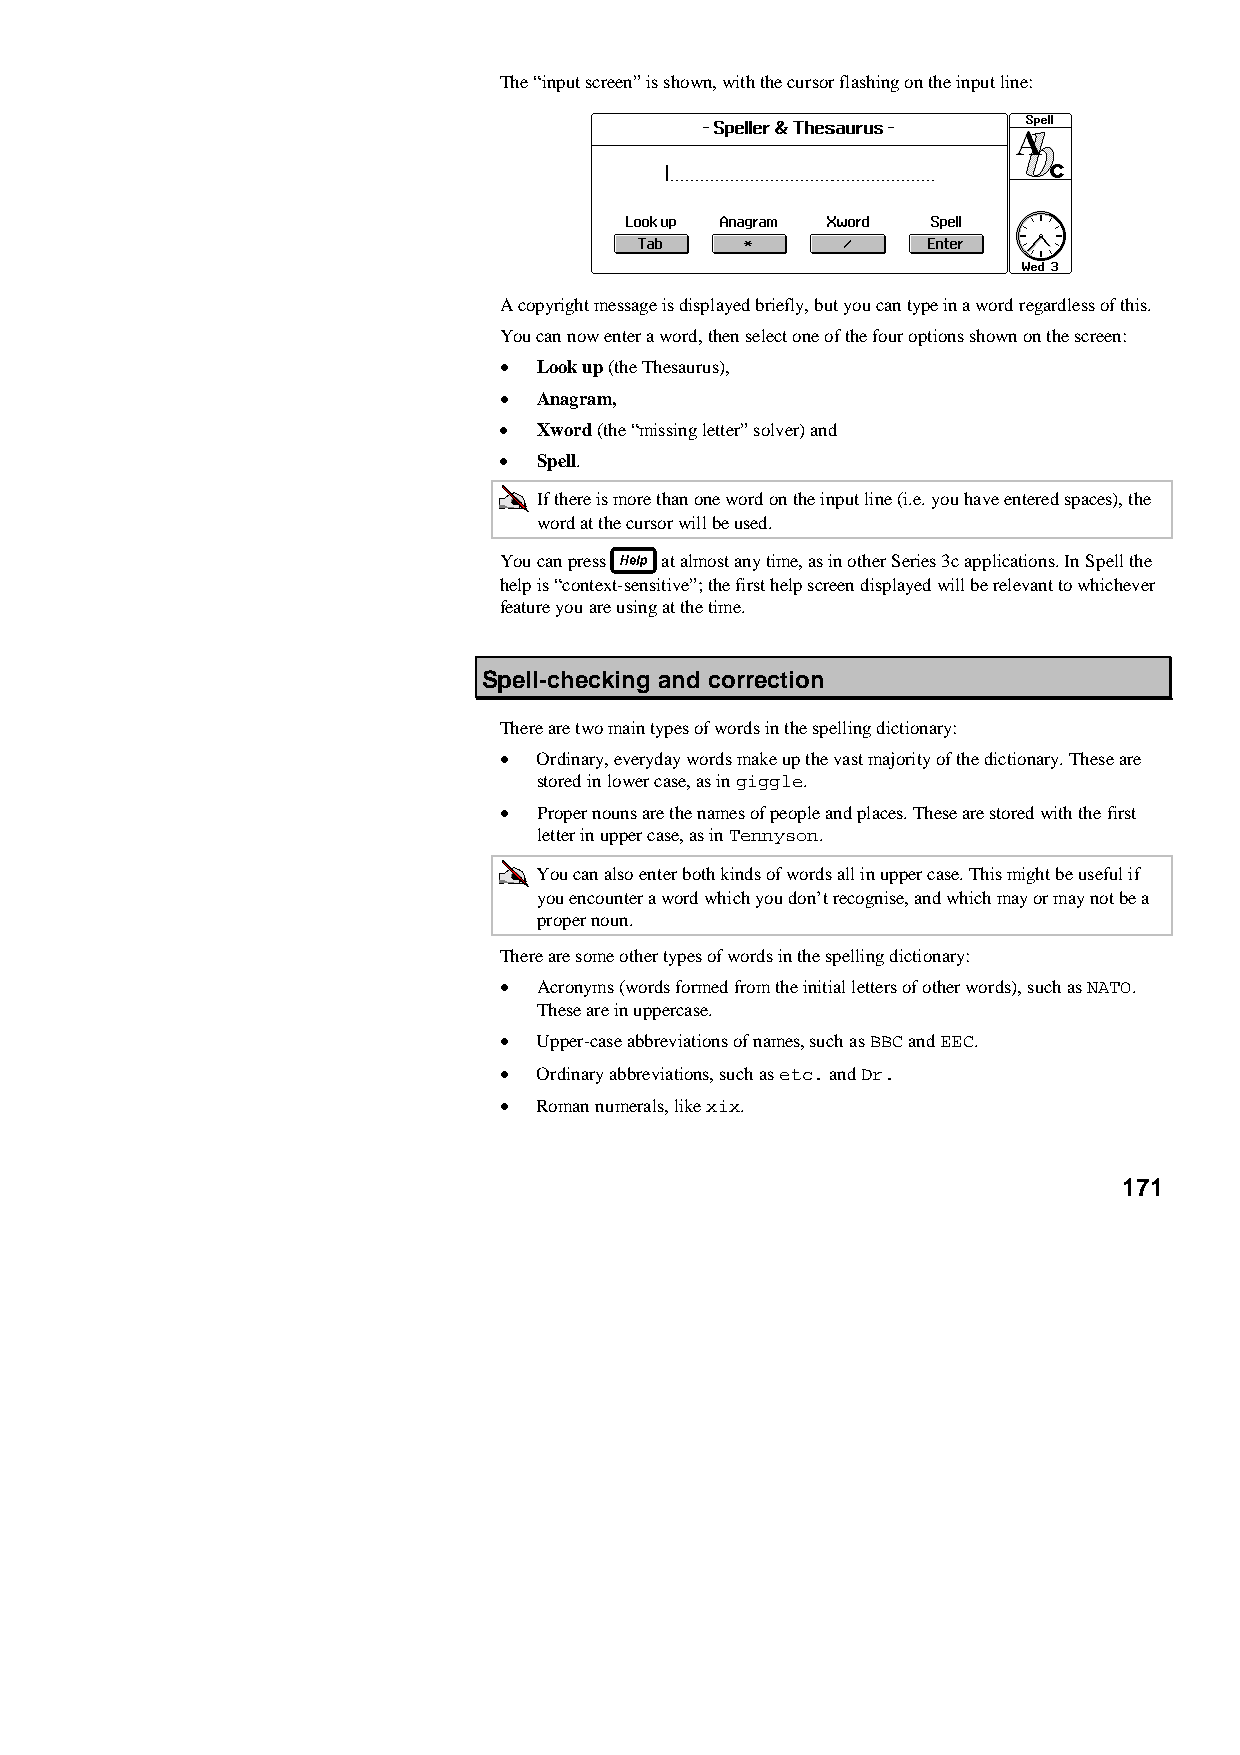
The “input screen” is shown, with the cursor flashing on the input line:
 A copyright message is displayed briefly, but you can type in a word regardless of this.
 You can now enter a word, then select one of the four options shown on the screen:
 •  Look up (the Thesaurus),
 •  Anagram,
 •  Xword (the “missing letter” solver) and
 •  Spell.
 If there is more than one word on the input line (i.e. you have entered spaces), the
 word at the cursor will be used.
 You can press at almost any time, as in other Series 3c applications. In Spell the
 help is “context-sensitive”; the first help screen displayed will be relevant to whichever
 feature you are using at the time.
 Spell-checking and correction
 There are two main types of words in the spelling dictionary:
 •  Ordinary, everyday words make up the vast majority of the dictionary. These are
 stored in lower case, as in giggle.
 •  Proper nouns are the names of people and places. These are stored with the first
 letter in upper case, as in Tennyson.
 You can also enter both kinds of words all in upper case. This might be useful if
 you encounter a word which you don’t recognise, and which may or may not be a
 proper noun.
 There are some other types of words in the spelling dictionary:
 •  Acronyms (words formed from the initial letters of other words), such as NATO.
 These are in uppercase.
 •  Upper-case abbreviations of names, such as BBC and EEC.
 •  Ordinary abbreviations, such as etc. and Dr.
 •  Roman numerals, like xix.
 171